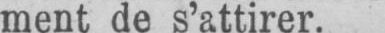
ment de s’attirer.